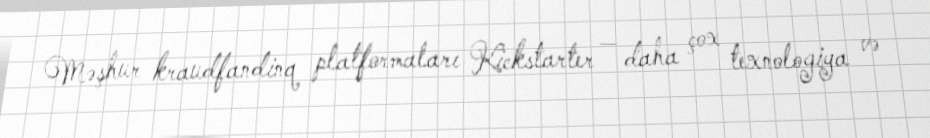
Məşhur kraudfandinq platformaları Kickstarter — daha çox texnologiya və